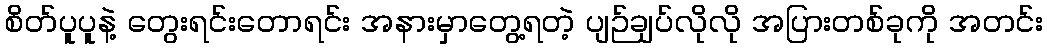
စိတ်ပူပူနဲ့ တွေးရင်းတောရင်း အနားမှာတွေ့ရတဲ့ ပျဉ်ချပ်လိုလို အပြားတစ်ခုကို အတင်း